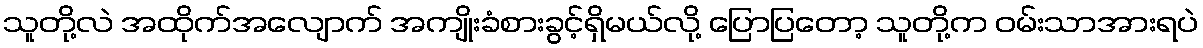
သူတို့လဲ အထိုက်အလျောက် အကျိုးခံစားခွင့်ရှိမယ်လို့ ပြောပြတော့ သူတို့က ဝမ်းသာအားရပဲ